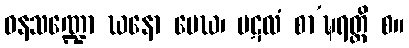
ဝနသဏ္ဍော ဃနော မေဃ၊ ပဋလံ စာ’ဍ္ဎရတ္တိ စ။